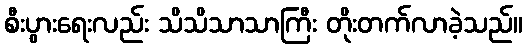
စီးပွားရေးလည်း သိသိသာသာကြီး တိုးတက်လာခဲ့သည်။